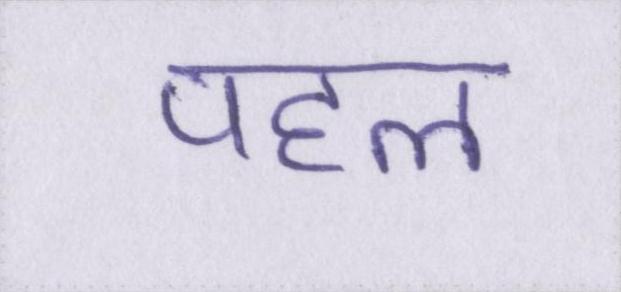
पहल